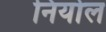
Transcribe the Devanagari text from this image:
निर्योल